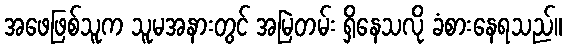
အဖေဖြစ်သူက သူမအနားတွင် အမြဲတမ်း ရှိနေသလို ခံစားနေရသည်။